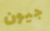
جيون